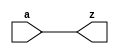
//#############################################################################
//# Function: Non-inverting Buffer                                            #
//# Copyright: OH Project Authors. ALl rights Reserved.                       #
//# License:  MIT (see LICENSE file in OH repository)                         # 
//#############################################################################

module oh_buf #(parameter DW = 1 ) // array width
   (
    input [DW-1:0]  a,
    output [DW-1:0] z
    );
   
   assign z = a;
      
endmodule